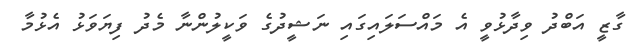
ގާޒީ އަބްދު ވިދާޅުވީ އެ މައްސަލައިގައި ނަޝީދުގެ ވަކީލުންނާ މެދު ފިޔަވަޅު އެޅުމާ